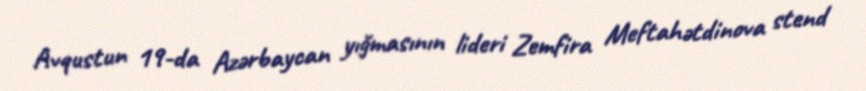
Avqustun 19-da Azərbaycan yığmasının lideri Zemfira Meftahətdinova stend